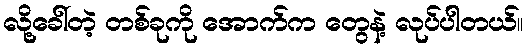
လို့ခေါ်တဲ့ တစ်ခုကို အောက်က တွေနဲ့ လုပ်ပါတယ်။